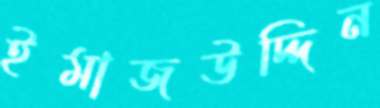
ইমাজউদ্দিন